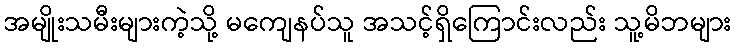
အမျိုးသမီးများကဲ့သို့ မကျေနပ်သူ အသင့်ရှိကြောင်းလည်း သူ့မိဘများ